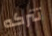
تتركه